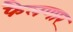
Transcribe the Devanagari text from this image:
फैलणार